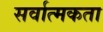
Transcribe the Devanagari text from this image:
सर्वात्मकता